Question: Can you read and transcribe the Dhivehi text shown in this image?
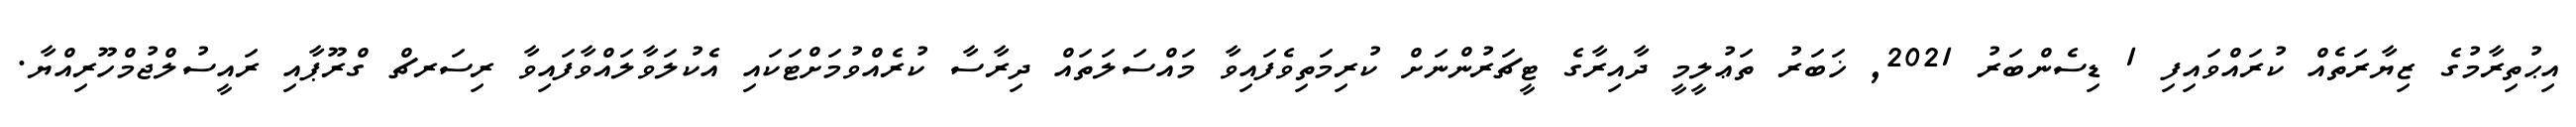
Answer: އިޙުތިރާމުގެ ޒިޔާރަތެއް ކުރައްވައިފި 1 ޑިސެންބަރު 2021, ޚަބަރު ތަޢުލީމީ ދާއިރާގެ ޓީޗަރުންނަށް ކުރިމަތިވެފައިވާ މައްސަލަތައް ދިރާސާ ކުރެއްވުމަށްޓަކައި އެކުލަވާލައްވާފައިވާ ރިސަރޗް ގްރޫޕާއި ރައީސުލްޖުމްހޫރިއްޔާ.